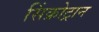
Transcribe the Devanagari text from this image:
सिंक्रोट्रान